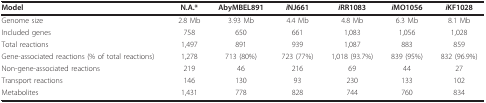
<table><thead><tr><td><b>Model</b></td><td><b>N.A.*</b></td><td><b>AbyMBEL891</b></td><td><b><i>i</i>NJ661</b></td><td><b><i>i</i>RR1083</b></td><td><b><i>i</i>MO1056</b></td><td><b><i>i</i>KF1028</b></td></tr></thead><tbody><tr><td>Genome size</td><td>2.8 Mb</td><td>3.93 Mb</td><td>4.4 Mb</td><td>4.8 Mb</td><td>6.3 Mb</td><td>8.1 Mb</td></tr><tr><td>Included genes</td><td>758</td><td>650</td><td>661</td><td>1,083</td><td>1,056</td><td>1,028</td></tr><tr><td>Total reactions</td><td>1,497</td><td>891</td><td>939</td><td>1,087</td><td>883</td><td>859</td></tr><tr><td>Gene-associated reactions (% of total reactions)</td><td>1,278</td><td>713 (80%)</td><td>723 (77%)</td><td>1,018 (93.7%)</td><td>839 (95%)</td><td>832 (96.9%)</td></tr><tr><td>Non-gene-associated reactions</td><td>219</td><td>46</td><td>216</td><td>69</td><td>44</td><td>27</td></tr><tr><td>Transport reactions</td><td>146</td><td>130</td><td>93</td><td>230</td><td>133</td><td>102</td></tr><tr><td>Metabolites</td><td>1,431</td><td>778</td><td>828</td><td>744</td><td>760</td><td>834</td></tr></tbody></table>